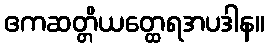
ဧကဆတ္တိယတ္ထေရအပဒါန။